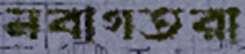
নবাগতরা